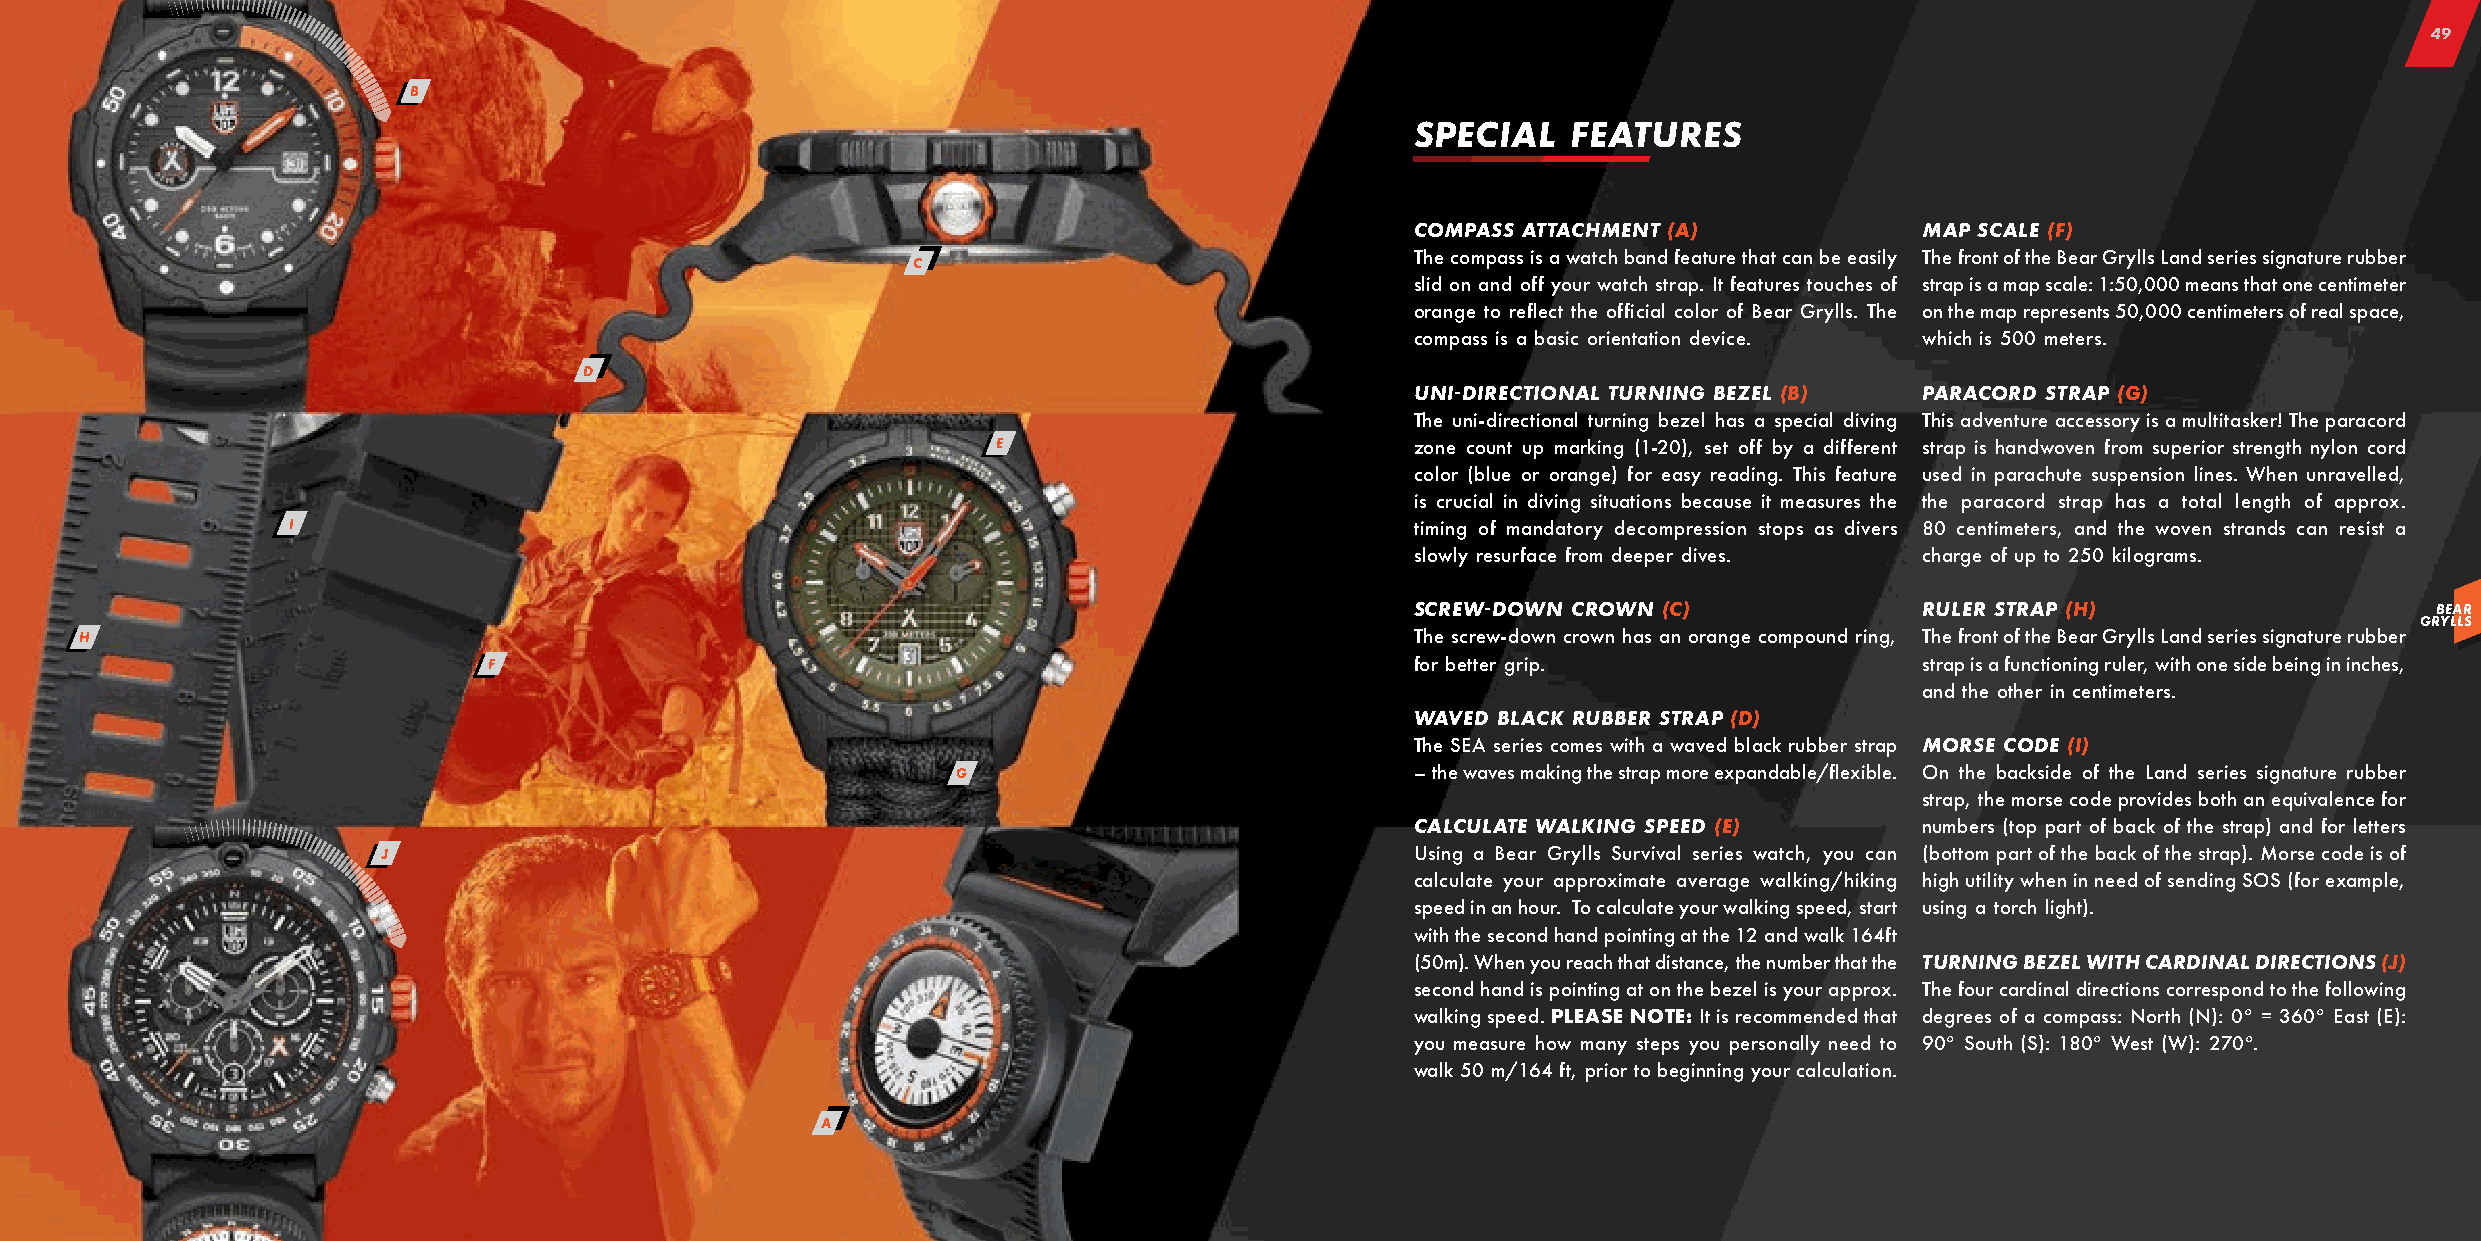
49
 B
 SPECIAL   FEATURES
 COMPASS ATTACHMENT (A)           MAP SCALE (F)
 The compass is a watch band feature that can be easily The front of the Bear Grylls Land series signature rubber
 C
 slid on and off your watch strap. It features touches of strap is a map scale: 1:50,000 means that one centimeter
 orange to reflect the official color of Bear Grylls. The on the map represents 50,000 centimeters of real space,
 compass is a basic orientation device. which is 500 meters.
 D
 UNI-DIRECTIONAL TURNING BEZEL (B) PARACORD STRAP (G)
 The uni-directional turning bezel has a special diving This adventure accessory is a multitasker! The paracord
 E                           zone count up marking (1-20), set off by a different strap is handwoven from superior strength nylon cord
 color (blue or orange) for easy reading. This feature used in parachute suspension lines. When unravelled,
 is crucial in diving situations because it measures the the paracord strap has a total length of approx.
 I                                                                          timing of mandatory decompression stops as divers 80 centimeters, and the woven strands can resist a
 slowly resurface from deeper dives. charge of up to 250 kilograms.
 SCREW-DOWN CROWN (C)             RULER STRAP (H)                   BEAR
 GRYLLS
 H                                                                                        The screw-down crown has an orange compound ring, The front of the Bear Grylls Land series signature rubber
 F                                                             for better grip.                 strap is a functioning ruler, with one side being in inches,
 and the other in centimeters.
 WAVED BLACK RUBBER STRAP (D)
 The SEA series comes with a waved black rubber strap MORSE CODE (I)
 G                              – the waves making the strap more expandable/flexible. On the backside of the Land series signature rubber
 strap, the morse code provides both an equivalence for
 CALCULATE WALKING SPEED (E)      numbers (top part of back of the strap) and for letters
 J                                                                    Using a Bear Grylls Survival series watch, you can (bottom part of the back of the strap). Morse code is of
 calculate your approximate average walking/hiking high utility when in need of sending SOS (for example,
 speed in an hour. To calculate your walking speed, start using a torch light).
 with the second hand pointing at the 12 and walk 164ft
 (50m). When you reach that distance, the number that the TURNING BEZEL WITH CARDINAL DIRECTIONS (J)
 second hand is pointing at on the bezel is your approx. The four cardinal directions correspond to the following
 walking speed. PLEASE NOTE: It is recommended that degrees of a compass: North (N): 0° = 360° East (E):
 you measure how many steps you personally need to 90° South (S): 180° West (W): 270°.
 walk 50 m/164 ft, prior to beginning your calculation.
 A